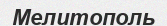
Мелитополь